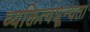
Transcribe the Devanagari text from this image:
व्यक्तित्वशून्यता